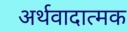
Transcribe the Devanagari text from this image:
अर्थवादात्मक